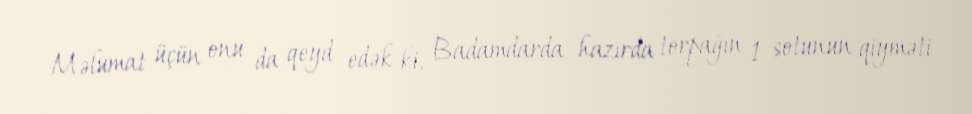
Məlumat üçün onu da qeyd edək ki, Badamdarda hazırda torpağın 1 sotunun qiyməti